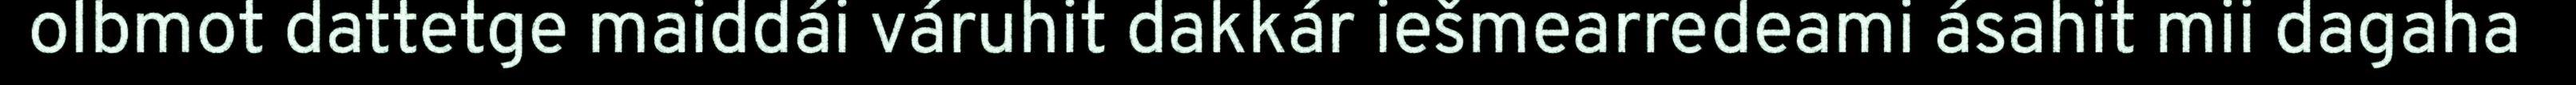
olbmot dattetge maiddái váruhit dakkár iešmearredeami ásahit mii dagaha